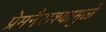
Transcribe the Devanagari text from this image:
प्रेमनैराश्‍यामुळे